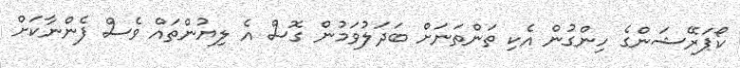
ކޯޕަރޭޝަންގެ ހިންގުން އެކި ތަންތަނަށް ބަދަލުވަމުން ގޮސް އެ ލިޔުންތައް ވެސް ފެންނާކަށް